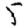
Digit: 5